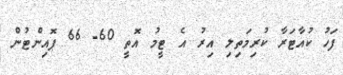
ފަހު ކުއާޓަރާ ކުރިމަތިލި އިރު އެ ޓީމު އޮތީ 60- 66 ޕޮއިންޓުން